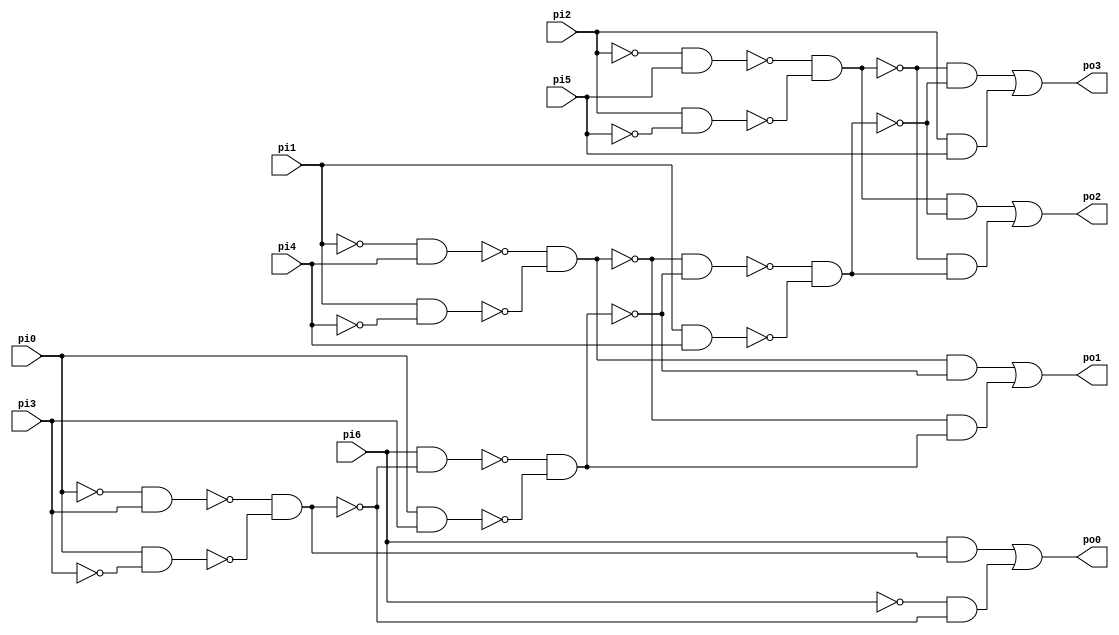
module top (pi0, pi1, pi2, pi3, pi4, pi5, pi6, po0, po1, po2, po3);

  input pi0, pi1, pi2, pi3, pi4, pi5, pi6;
  output po0, po1, po2, po3;
  wire n0, n1, n2, n3, n4, n5, n6, n7, n8, n9, n10, n11, n12, n13, n14,
    n16, n17, n18, n19, n21, n22, n23, n24;

  assign n0 = ~pi0 & pi3;
  assign n1 = pi0 & ~pi3;
  assign n2 = pi0 & pi3;
  assign n3 = ~pi1 & pi4;
  assign n4 = pi1 & ~pi4;
  assign n5 = pi1 & pi4;
  assign n6 = ~pi2 & pi5;
  assign n7 = pi2 & ~pi5;
  assign n8 = pi2 & pi5;
  assign n9 = ~n0 & ~n1;
  assign n10 = ~n3 & ~n4;
  assign n11 = ~n6 & ~n7;
  assign n12 = pi6 & n9;
  assign n13 = ~pi6 & ~n9;
  assign n14 = pi6 & ~n9;
  assign po0 = n12 | n13;
  assign n16 = ~n14 & ~n2;
  assign n17 = n10 & ~n16;
  assign n18 = ~n10 & n16;
  assign n19 = ~n10 & ~n16;
  assign po1 = n17 | n18;
  assign n21 = ~n19 & ~n5;
  assign n22 = n11 & ~n21;
  assign n23 = ~n11 & n21;
  assign n24 = ~n11 & ~n21;
  assign po2 = n22 | n23;
  assign po3 = n24 | n8;
endmodule